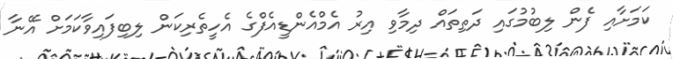
ކަމަށާއި ފެން ލިބުމުގައި ދަތިތައް ދިމާވި އިރު އެމްއެންޑީއެފްގެ އެހީތެރިކަން ލިބިފައިވާކަމަށް އޭނާ